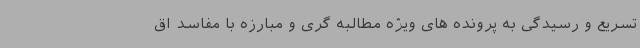
تسریع و رسیدگی به پرونده های ویژه مطالبه گری و مبارزه با مفاسد اق